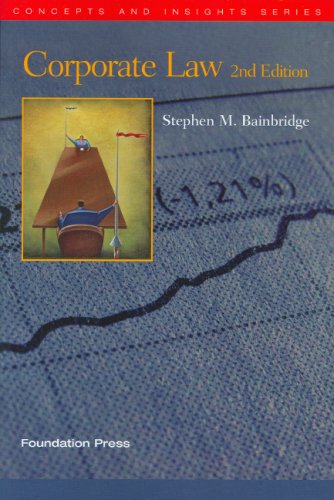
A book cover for Corporate Law (Concept and Insight Series, 2nd Edition); Stephen Bainbridge; Law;